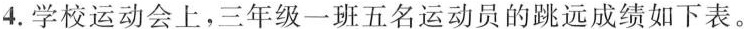
4.学校运动会上，三年级一班五名运动员的跳远成绩如下表。